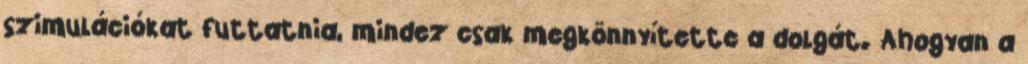
szimulációkat futtatnia, mindez csak megkönnyítette a dolgát. Ahogyan a